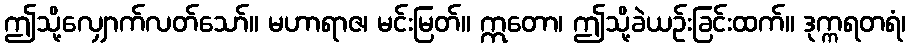
ဤသို့လျှောက်လတ်သော်။ မဟာရာဇ၊ မင်းမြတ်။ ဣတော၊ ဤသို့ခဲယဉ်းခြင်းထက်။ ဒုက္ကရတရံ၊